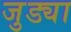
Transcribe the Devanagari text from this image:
जुड्या